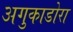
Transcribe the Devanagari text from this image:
अगुकाडोरा